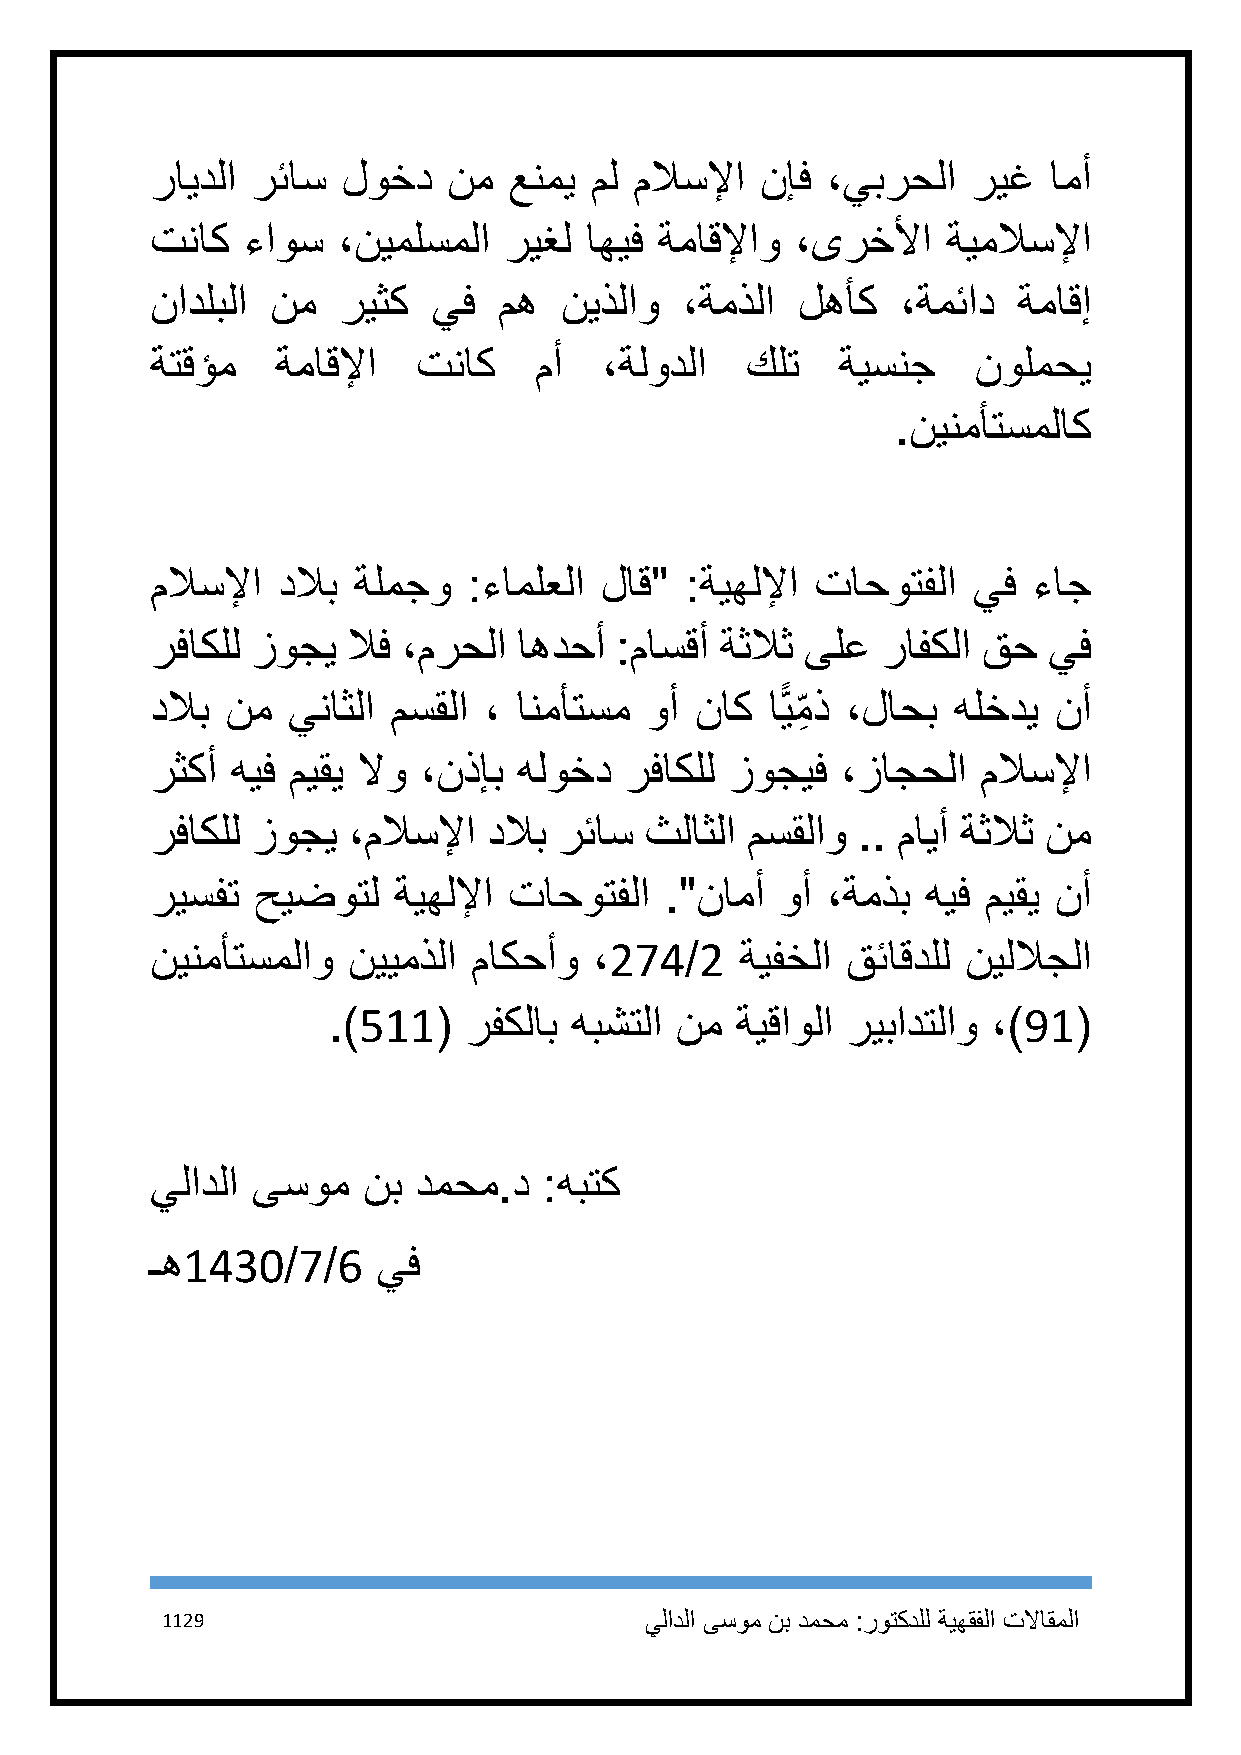
رايدلا رئاس  لوخد   نم  عنمي مل ملاسلإا نإف  ،يبرحلا  ريغ  امأ
 تناك  ءاوس  ،نيملسملا  ريغل  اهيف ةماقلإاو ،ىرخلأا   ةيملاسلإا
 نادلبلا نم  ريثك   يف  مه  نيذلاو  ،ةمذلا  لهأك   ،ةمئاد ةماقإ
 ةتقؤم   ةماقلإا   تناك   مأ   ،ةلودلا  كلت   ةيسنج    نولمحي
 .نينمأتسملاك
 ملاسلإا دلاب ةلمجو   :ءاملعلا لاق" :ةيهللإا تاحوتفلا  يف  ءاج
 رفاكلل زوجي  لاف ،مرحلا اهدحأ  :ماسقأ ةثلاث ىلع رافكلا قح  يف
 دلاب نم  يناثلا مسقلا ، انمأتسم  وأ ناك  اًّيم ِ ذ ،لاحب هلخدي نأ
 رثكأ هيف ميقي لاو ،نذإب هلوخد  رفاكلل زوجيف   ،زاجحلا  ملاسلإا
 رفاكلل زوجي  ،ملاسلإا دلاب رئاس  ثلاثلا مسقلاو .. مايأ ةثلاث نم
 ريسفت  حيضوتل   ةيهللإا تاحوتفلا  ."نامأ  وأ ،ةمذب هيف ميقي نأ
 نينمأتسملاو  نييمذلا ماكحأو  ،274/2    ةيفخلا قئاقدلل نيللاجلا
 .)511(   رفكلاب هبشتلا نم  ةيقاولا ريبادتلاو ،)91(
 يلادلا ىسوم   نب دمحم.د   :هبتك
 ـه1431/7/6     يف
 1129                            يلادلا ىسوم نب دمحم :روتكدلل ةيهقفلا تلااقملا